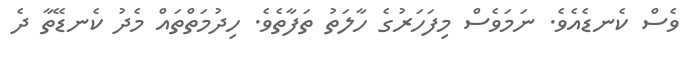
ވެސް ކެނޑެއެވެ. ނަމަވެސް މިފަހަރުގެ ހާލަތު ތަފާތެވެ. ހިދުމަތްތައް މެދު ކެނޑޭތާ ދެ